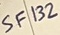
Text: SF132